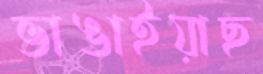
ভাঙাইয়াছ